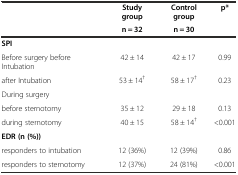
<table><thead><tr><td></td><td><b>Study group</b></td><td><b>Control group</b></td><td><b>p*</b></td></tr><tr><td></td><td><b>n = 32</b></td><td><b>n = 30</b></td><td></td></tr></thead><tbody><tr><td><b>SPI</b></td><td></td><td></td><td></td></tr><tr><td>Before surgery before Intubation</td><td>42 ± 14</td><td>42 ± 17</td><td>0.99</td></tr><tr><td>after Intubation</td><td>53 ± 14<sup>†</sup></td><td>58 ± 17<sup>†</sup></td><td>0.23</td></tr><tr><td>During surgery</td><td></td><td></td><td></td></tr><tr><td>before sternotomy</td><td>35 ± 12</td><td>29 ± 18</td><td>0.13</td></tr><tr><td>during sternotomy</td><td>40 ± 15</td><td>58 ± 14<sup>†</sup></td><td>&lt;0.001</td></tr><tr><td><b>EDR (n (%))</b></td><td></td><td></td><td></td></tr><tr><td>responders to intubation</td><td>12 (36%)</td><td>12 (39%)</td><td>0.86</td></tr><tr><td>responders to sternotomy</td><td>12 (37%)</td><td>24 (81%)</td><td>&lt;0.001</td></tr></tbody></table>